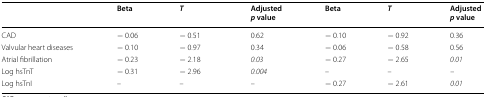
<table><thead><tr><td></td><td><b>Beta</b></td><td><b><i>T</i></b></td><td><b>Adjusted<i>p</i> value</b></td><td><b>Beta</b></td><td><b><i>T</i></b></td><td><b>Adjusted<i>p</i> value</b></td></tr></thead><tbody><tr><td>CAD</td><td>− 0.06</td><td>− 0.51</td><td>0.62</td><td>− 0.10</td><td>− 0.92</td><td>0.36</td></tr><tr><td>Valvular heart diseases</td><td>− 0.10</td><td>− 0.97</td><td>0.34</td><td>− 0.06</td><td>− 0.58</td><td>0.56</td></tr><tr><td>Atrial fibrillation</td><td>− 0.23</td><td>− 2.18</td><td><i>0.03</i></td><td>− 0.27</td><td>− 2.65</td><td><i>0.01</i></td></tr><tr><td>Log hsTnT</td><td>− 0.31</td><td>− 2.96</td><td><i>0.004</i></td><td>–</td><td>–</td><td>–</td></tr><tr><td>Log hsTnI</td><td>–</td><td>–</td><td>–</td><td>− 0.27</td><td>− 2.61</td><td><i>0.01</i></td></tr></tbody></table>